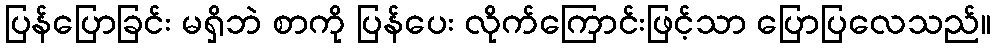
ပြန်ပြောခြင်း မရှိဘဲ စာကို ပြန်ပေး လိုက်ကြောင်းဖြင့်သာ ပြောပြလေသည်။